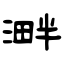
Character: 溿